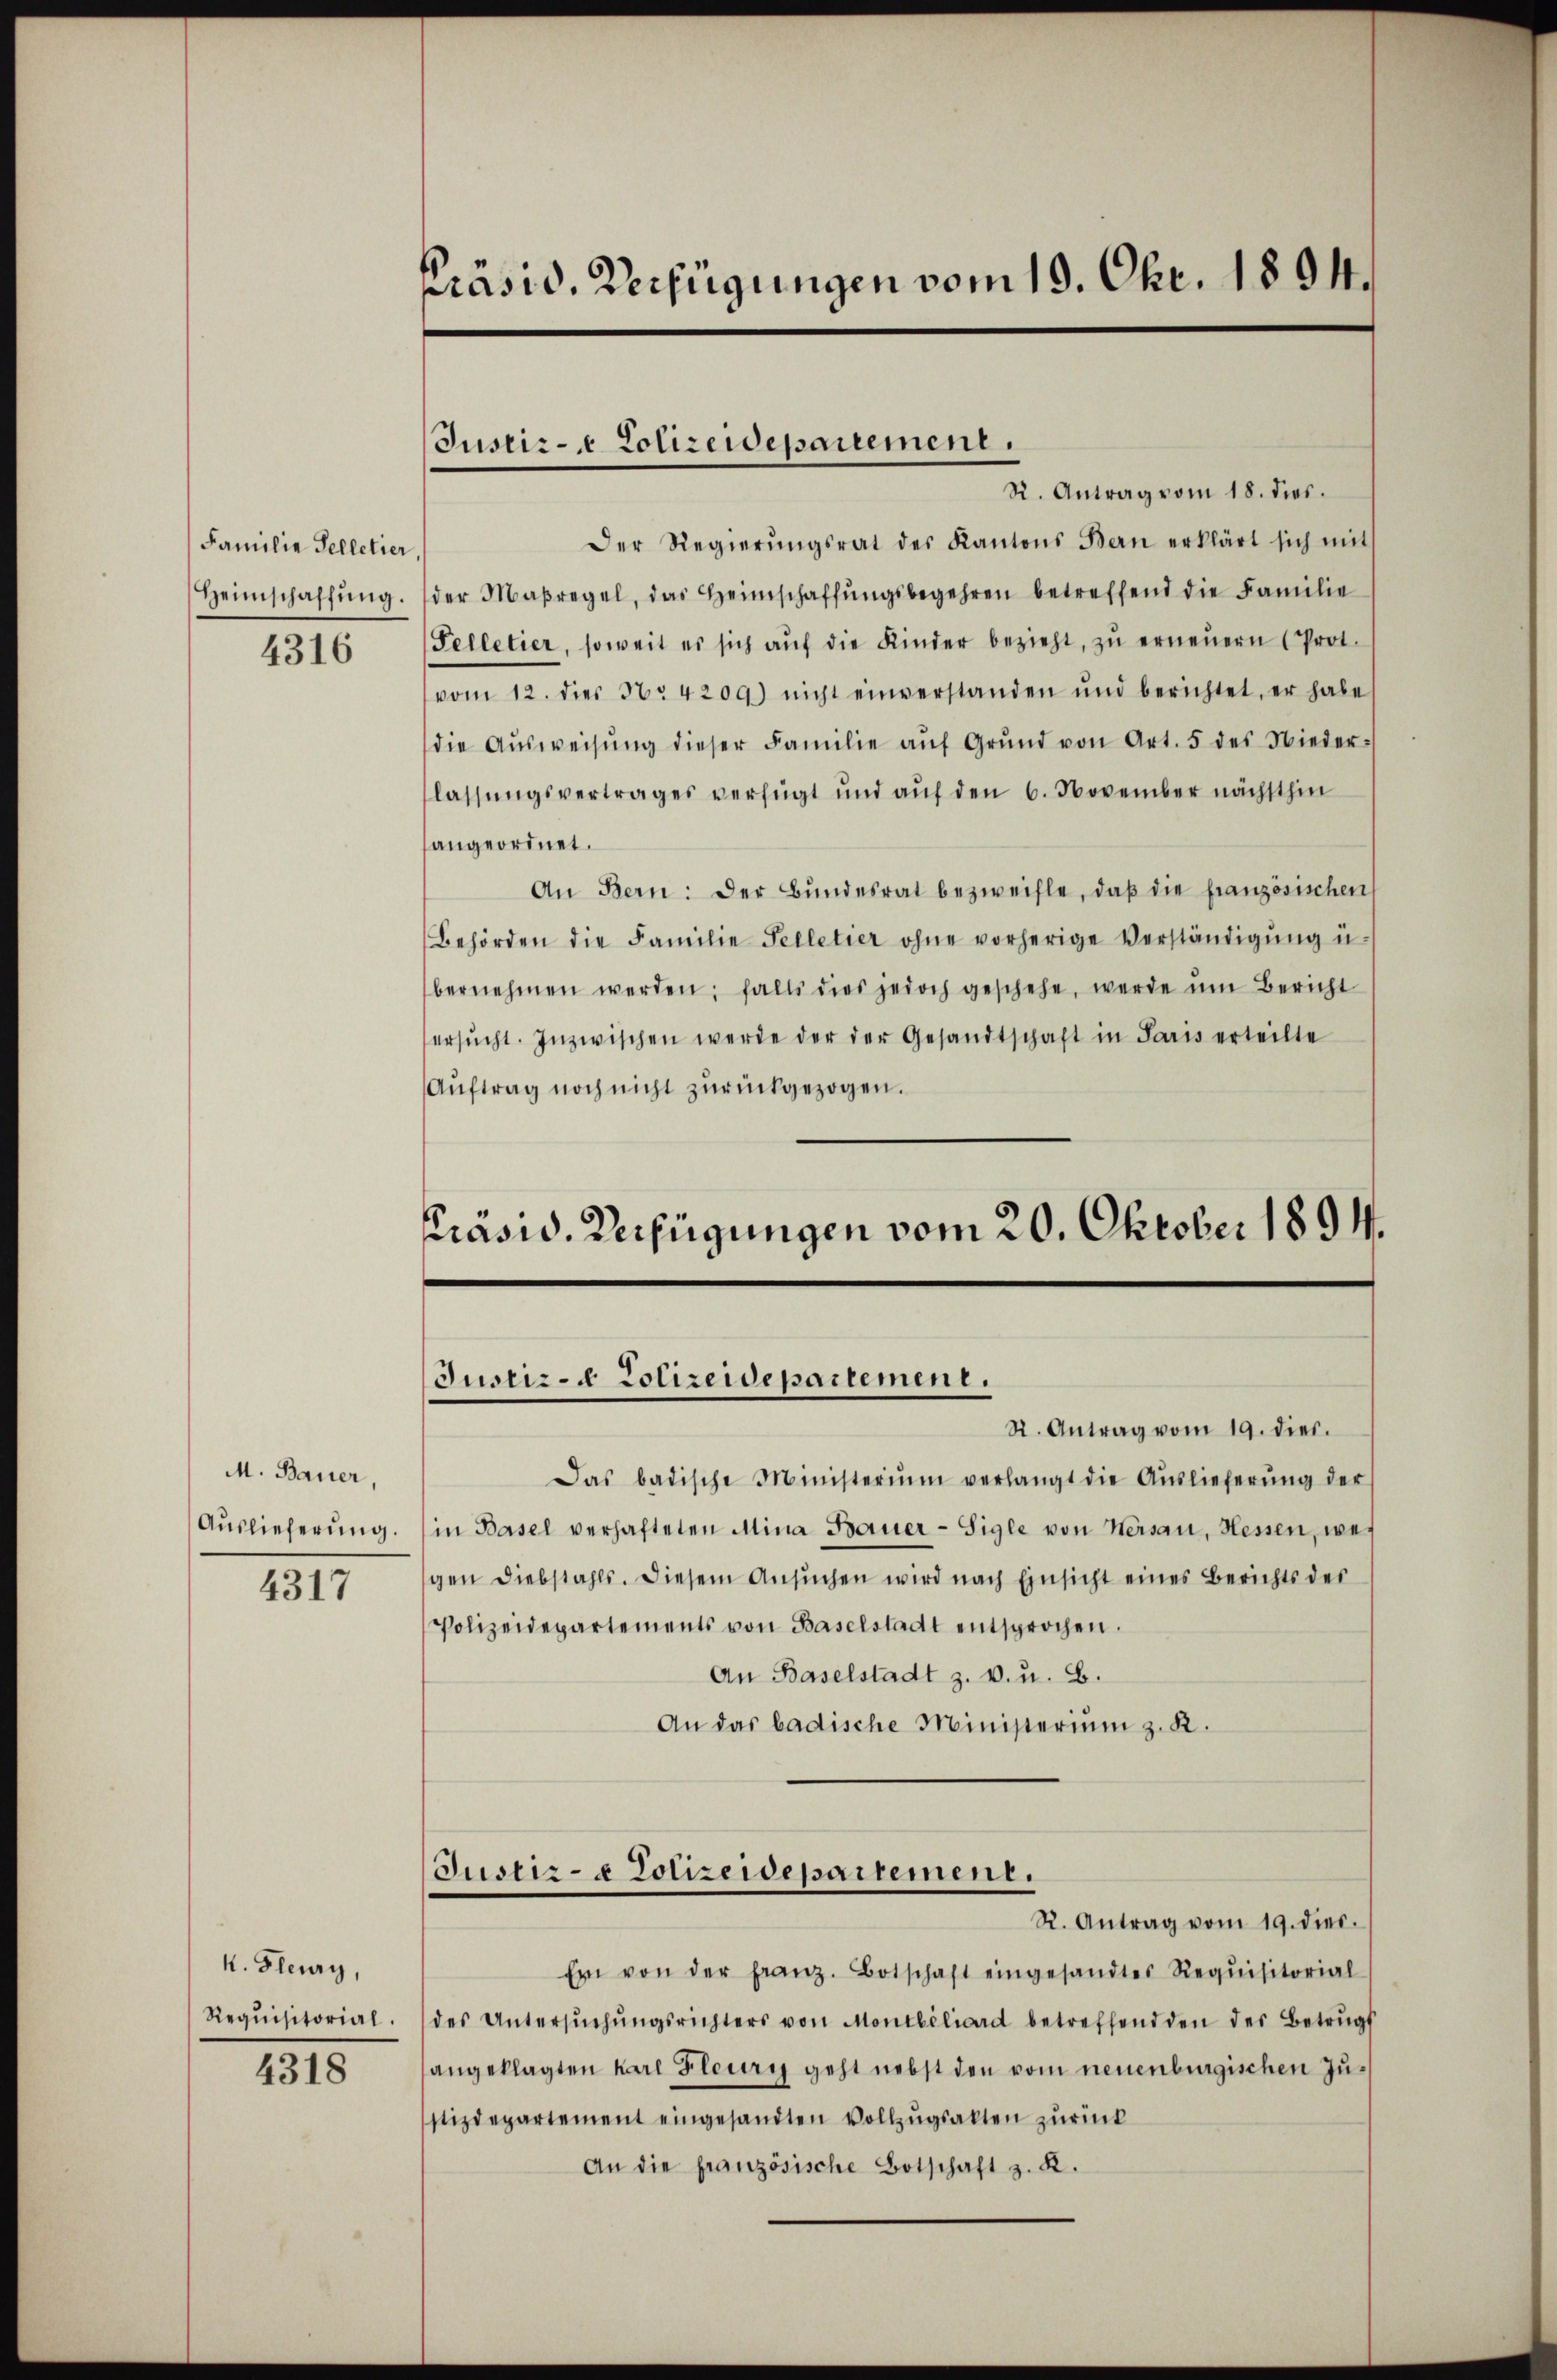
Familie Selletier,
4316

M. Bauer,
Auslieferung.
4317

k. Fleury,
Requisitorial.

4318

präsid. Verfügungen vom 19. Okt. 1894.

R. Antrag vom 18. dies.
Der Regierŭngsrat des Kantons Bern erklärt sich mit
Heimschaffŭng. (der Maßregel, das Heimschaffŭngsbegehren betreffend die Familie
Pelletier, soweit es sich aŭf die Kinder bezieht, zŭ erneŭern (Prot.
vom 12. dies N. 4209) nicht einverstanden und berichtet, er habe
die Aŭsweisŭng dieser Familie aŭf Grŭnd von Art. 5 des Nieder-
lassŭngsvertrages verfügt und aŭf den 6. November nächsthin
angeordnet.
An Bern: Der Bŭndesrat bezweifle, daβ die französischen
Behörden die Familie Pelletier ohne vorherige Verständigŭng ü
bernehmen werden; falls dies jedoch geschehe, werde ŭm Bericht
ersŭcht. Inzwischen werde der der Gesandtschaft in Paris erteilte
Aŭftrag noch nicht zurückgezogen.
Präsid. Verfügungen vom 20. Oktober 1894.

Justiz- & Polizeidepartement.

Das badische Ministerium verlangt die Aŭslieferŭng der
in Basel verhafteten Mina Bauer-Sigle von Versau, Hessen, wei
gen Diebstahls. Diesem Ansŭchen wird nach Einsicht eines Berichts des
Polizeidepartements von Baselstadt entsprochen.
An Baselstadt z. v. u. B.
An das badische Ministerium z. K.
Justiz- & Polizeidepartement.
R. Antrag vom 19. dies.
Ein von der franz. Botschaft eingesandtes Requisitorial
des Untersŭchŭngsrichters von Montbiliard betreffend den des Betrŭgs
angeklagten Karl Flury geht nebst den vom neuenburgischen Zustizdepartement eingesandten Vollzŭgsakten zurück
An die französische Botschaft z. K.

Justiz- & Polizeidepartement.
St. Antrag vom 19. dies.